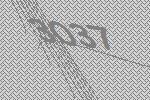
3037